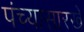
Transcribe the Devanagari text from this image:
पंच्यासारखे